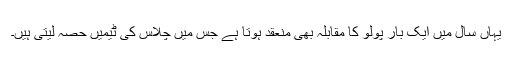
یہاں سال میں ایک بار پولو کا مقابلہ بھی منعقد ہوتا ہے جس میں چلاس کی ٹیمیں حصہ لیتی ہیں۔